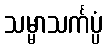
သမ္မာသင်္ကပ္ပံ